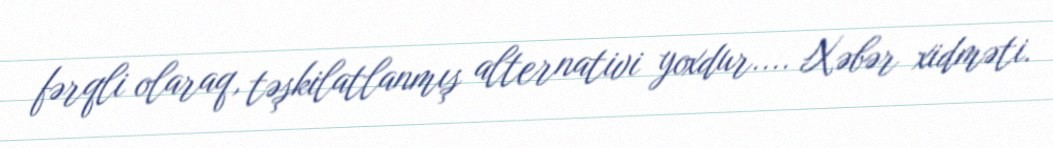
fərqli olaraq, təşkilatlanmış alternativi yoxdur.... Xəbər xidməti.